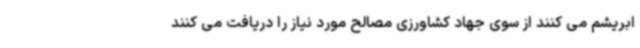
ابریشم می کنند از سوی جهاد کشاورزی مصالح مورد نیاز را دریافت می کنند